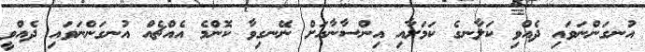
އުނގަންނަވައި ދެއްވި ކަލާނގެ ކަމަށާއި އިންސާނާއަށް ނޭނގިވާ ކޮންމެ އެއްޗެއް އުނގަންނަވައި ދެއްވީ